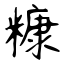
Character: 糠